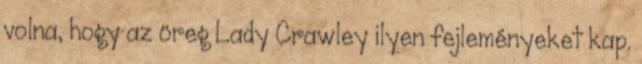
volna, hogy az öreg Lady Crawley ilyen fejleményeket kap.